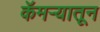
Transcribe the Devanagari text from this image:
कॅमऱ्यातून